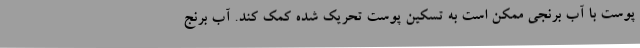
پوست با آب برنجی ممکن است به تسکین پوست تحریک شده کمک کند. آب برنج